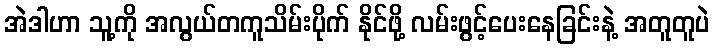
အဲဒါဟာ သူ့ကို အလွယ်တကူသိမ်းပိုက် နိုင်ဖို့ လမ်းဖွင့်ပေးနေခြင်းနဲ့ အတူတူပဲ